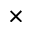
\times